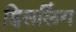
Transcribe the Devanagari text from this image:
ह्विसलिंग